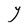
Character: Y